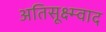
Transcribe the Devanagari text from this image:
अतिसूक्ष्म्वाद